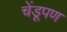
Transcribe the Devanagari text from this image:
चेंडूपण